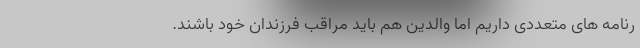
رنامه‌ های متعددی داریم اما والدین هم باید مراقب فرزندان خود باشند.